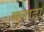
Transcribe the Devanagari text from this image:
मुलाटा